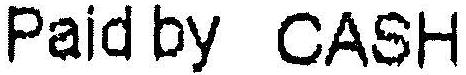
PAID BY CASH